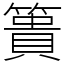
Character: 簣